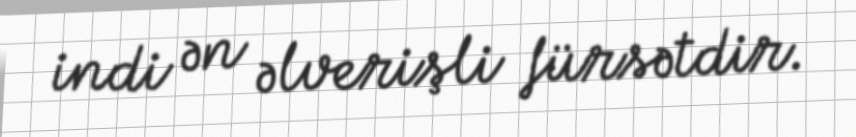
indi ən əlverişli fürsətdir.